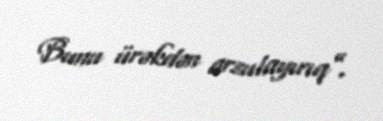
Bunu ürəkdən arzulayırıq”.